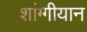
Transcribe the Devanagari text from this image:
शांग्गीयान